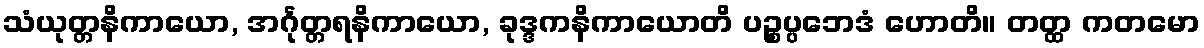
သံယုတ္တနိကာယော, အင်္ဂုတ္တရနိကာယော, ခုဒ္ဒကနိကာယောတိ ပဉ္စပ္ပဘေဒံ ဟောတိ။ တတ္ထ ကတမော